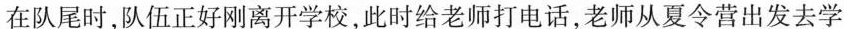
在队尾时，队伍正好刚离开学校，此时给老师打电话，老师从夏令营出发去学